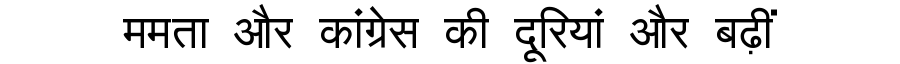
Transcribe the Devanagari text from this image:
ममता और कांग्रेस की दूरियां और बढ़ीं